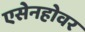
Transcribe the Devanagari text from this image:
एसेनहोवर